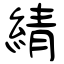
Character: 綪